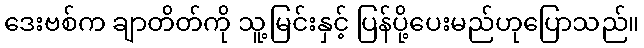
ဒေးဗစ်က ချာတိတ်ကို သူ့မြင်းနှင့် ပြန်ပို့ပေးမည်ဟုပြောသည်။